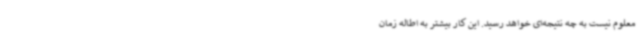
معلوم نیست به چه نتیجه‌ای خواهد رسید. این کار بیشتر به اطاله زمان